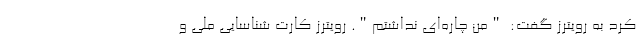
کرد به رویترز گفت: "من چاره‌ای نداشتم". رویترز کارت شناسایی ملی و